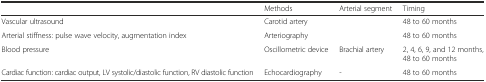
|  | Methods | Arterial segment | Timing |
 | --- | --- | --- | --- |
 | Vascular ultrasound | Carotid artery |  | 48 to 60 months |
 | Arterial stiffness: pulse wave velocity, augmentation index | Arteriography |  | 48 to 60 months |
 | Blood pressure | Oscillometric device | Brachial artery | 2, 4, 6, 9, and 12 months, 48 to 60 months |
 | Cardiac function: cardiac output, LV systolic/diastolic function, RV diastolic function | Echocardiography | - | 48 to 60 months |